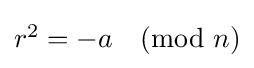
\textstyle r^{2}=-a{\pmod {n}}